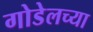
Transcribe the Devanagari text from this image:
गोडेलच्या